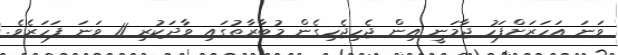
ވަަނަ އަހަރަށްފަހު ޖާމަނީ އިން ޖެހިޖެހިގެން މުބާރާތުގައި ވާދަކުރި 11 ވަނަ ފަހަރެވެ.